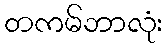
တကမ်ဘာလုံး